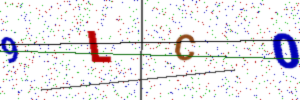
Text: 9LC0